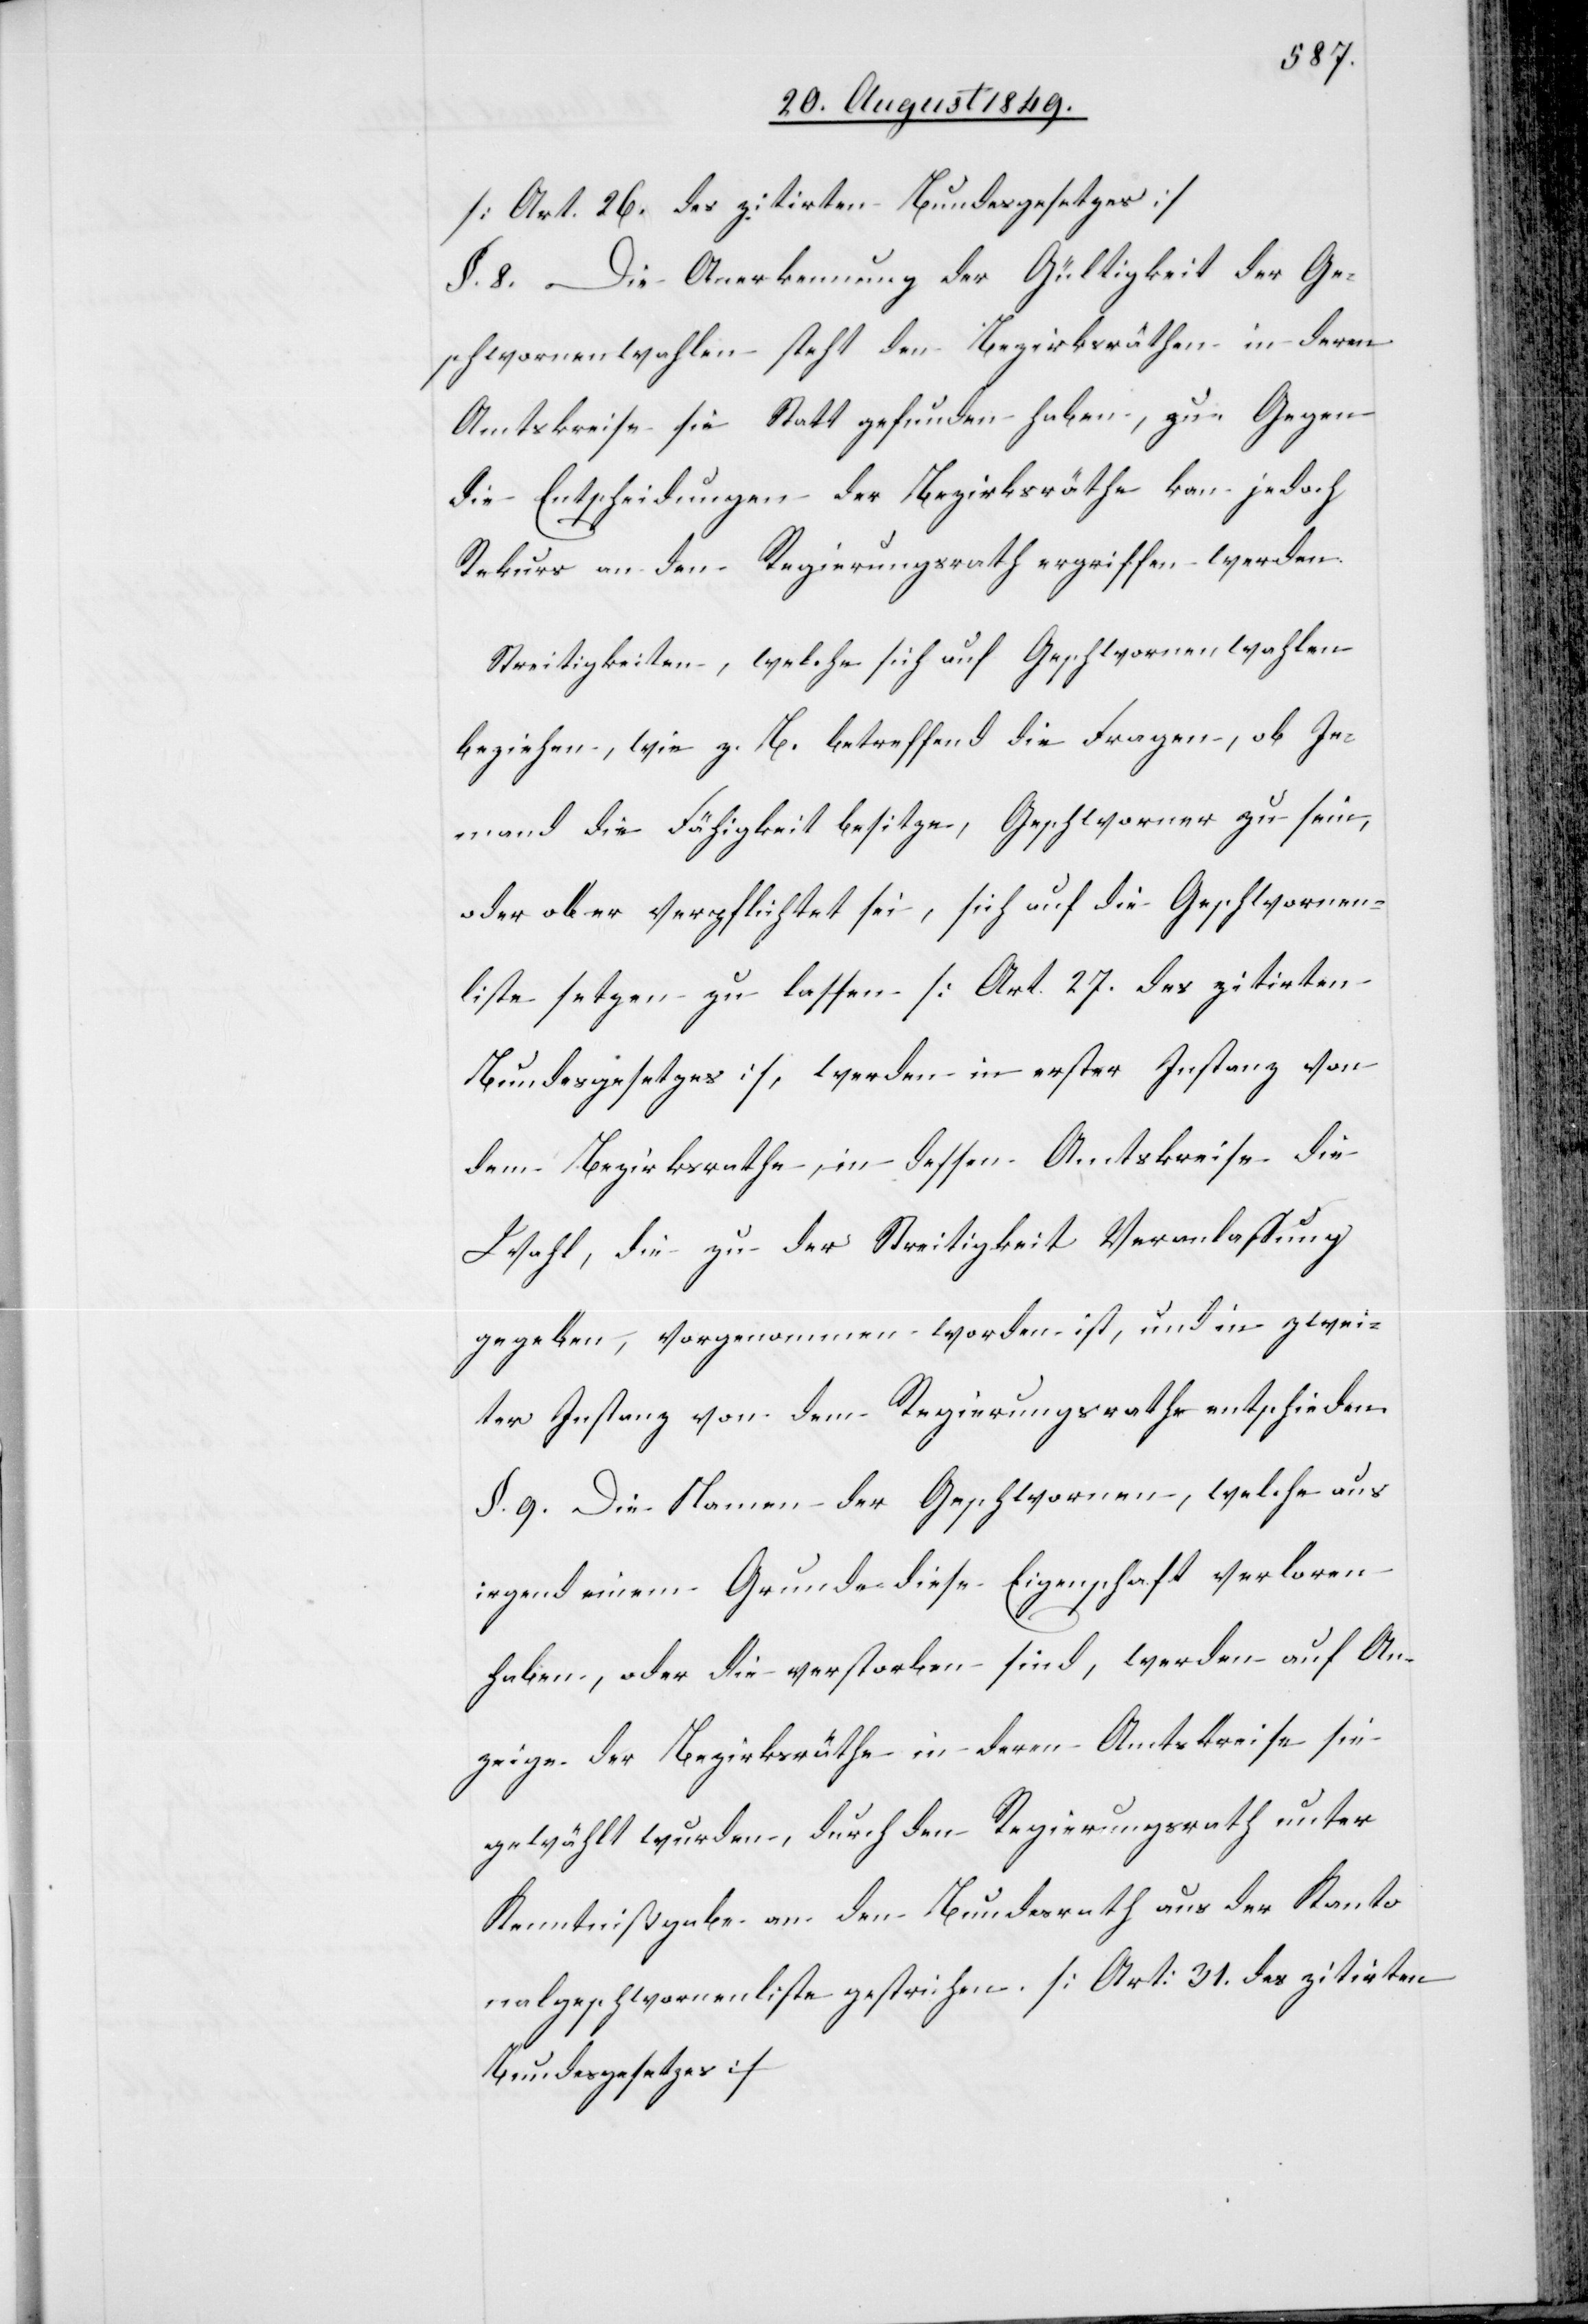
[Art. 26. des zitirten Bundesgesetzes]
§. 8. Die Anerkennung der Gültigkeit der Ge¬
schwornenwahlen steht den Bezirksräthen in deren
Amtskreise sie statt gefunden haben, zu. Gegen
die Entscheidungen der Bezirksräthe kann jedoch
Rekurs an den Regierungsrath ergriffen werden.
Streitigkeiten, welche sich auf Geschwornenwahlen
beziehen, wie z. B. betreffend die Fragen, ob Je¬
mand die Fähigkeit besitze, Geschworner zu sein,
oder aber verpflichtet sei, sich auf die Geschwornen¬
liste setzen zu lassen [Art. 27. des zitirten
Bundesgesetzes], werden in erster Instanz von
dem Bezirksrathe, in dessen Amtskreise die
Wahl, die zu der Streitigkeit Veranlassung
gegeben, vorgenommen worden ist, und in zwei¬
ter Instanz von dem Regierungsrathe entschieden.
§. 9. Die Namen der Geschwornen, welche aus
irgend einem Grunde diese Eigenschaft verloren
haben, oder die verstorben sind, werden auf An¬
zeige der Bezirksräthe in deren Amtskreise sie
gewählt wurden, durch den Regierungsrath unter
Kenntnißgabe an den Bundesrath aus der Kanto¬
nalgeschwornenliste gestrichen. [Art: 31. des zitirten
Bundesgesetzes]